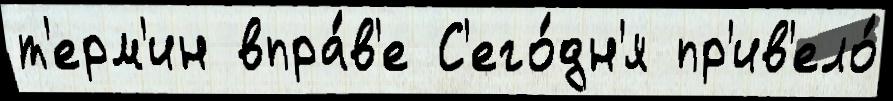
т'ерм'ин впра́в'е С'его́дн'я пр'ив'ело́